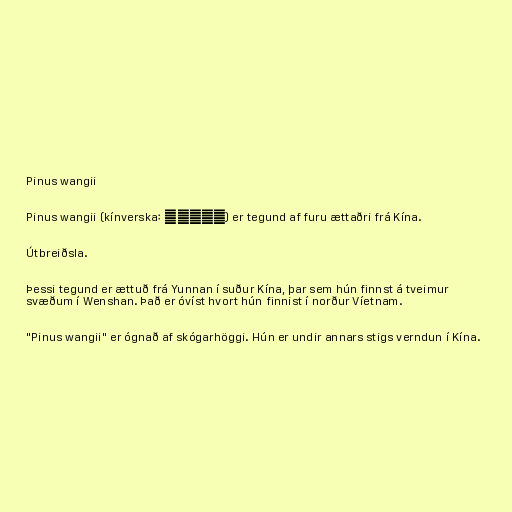
Pinus wangii

Pinus wangii (kínverska: 毛枝五针松) er tegund af furu ættaðri frá Kína.

Útbreiðsla.

Þessi tegund er ættuð frá Yunnan í suður Kína, þar sem hún finnst á tveimur
svæðum í Wenshan. Það er óvíst hvort hún finnist í norður Víetnam.

"Pinus wangii" er ógnað af skógarhöggi. Hún er undir annars stigs verndun í Kína.